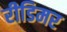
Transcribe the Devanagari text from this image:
रीडिमर